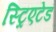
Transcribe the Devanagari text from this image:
स्ट्रिएटेड